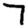
Digit: 7